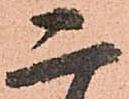
二